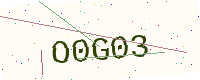
Text: O0G03